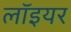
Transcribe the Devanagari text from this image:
लॉइयर